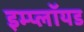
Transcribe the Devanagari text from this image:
इम्प्लॉयड